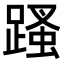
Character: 𨃣